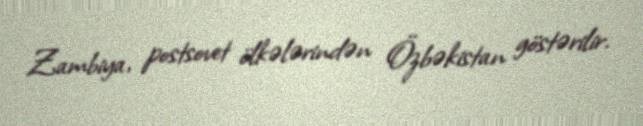
Zambiya, postsovet ölkələrindən Özbəkistan göstərilir.